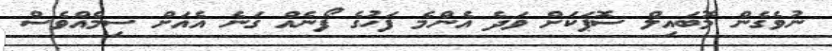
ނުވެގެން މޮބައިލް ސޮޕަކަށް ވަދެ އެންމެ ފަހުގެ ފޯނެއް ގަނެ އެއަށް ސިމެއްވެސް